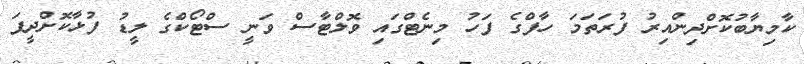
ކާމިޔާބުކޮށްދިންއިރު ފުރަތަމަ ހާފްގެ ފަހު މިނެޓްގައި ވޮލްޓާސް ވަނީ ސްޓޯކްގެ ލީޑު ފުޅާކޮށްދީފަ